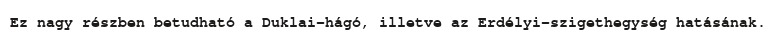
Ez nagy részben betudható a Duklai-hágó, illetve az Erdélyi-szigethegység hatásának.